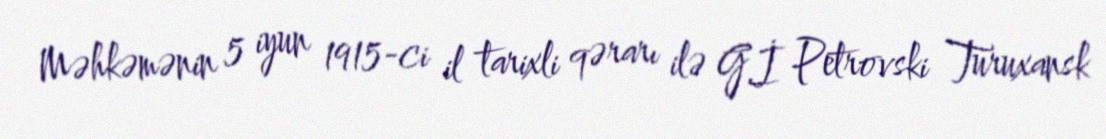
Məhkəmənin 5 iyun 1915-ci il tarixli qərarı ilə G.İ Petrovski Turuxansk